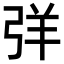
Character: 𢏙